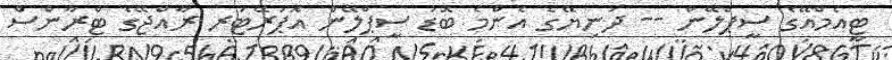
ޓީއެމްއޭގެ ސީޕްލޭން -- ދުނިޔޭގެ އެންމެ ބޮޑު ސީޕްލޭން އޮޕަރޭޓަރ ރާއްޖޭގެ ޓްރާންސް